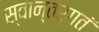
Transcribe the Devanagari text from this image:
स्वान्तर्गतं